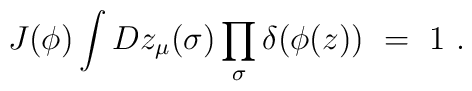
J(\phi)\int Dz_\mu(\sigma)\prod_\sigma\delta(\phi(z))\ =\ 1\ .